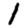
Digit: 1